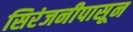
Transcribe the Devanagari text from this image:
सिरंजनीपासून